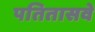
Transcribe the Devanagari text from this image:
पतितासवे